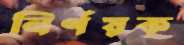
নির্ণয়ক